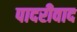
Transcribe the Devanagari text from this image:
पादरीवाद